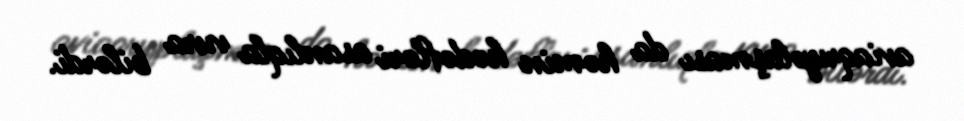
aviaqruplaşması da həmin hədəfləri asanlıqla vura bilərdi.